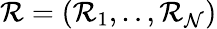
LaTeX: \mathcal{R}=(\mathcal{R}_{1},..,\mathcal{R}_{\mathcal{N}})